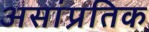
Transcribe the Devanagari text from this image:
असांप्रतिक